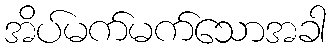
အိပ်မက်မက်သောအခါ